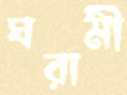
ঘরামী